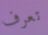
تعرف